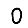
Digit: 0